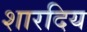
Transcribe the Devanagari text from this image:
शारदिय